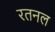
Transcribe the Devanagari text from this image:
रतनल